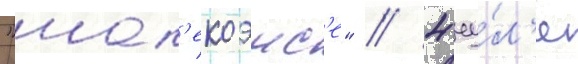
"шап'екоэнс'е" // 4 иу́л'я